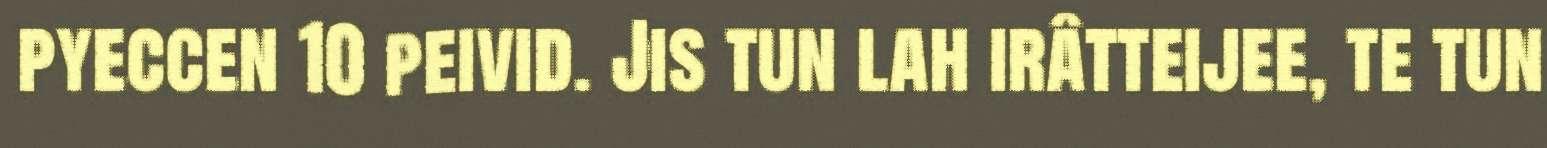
pyeccen 10 peivid. Jis tun lah irâtteijee, te tun